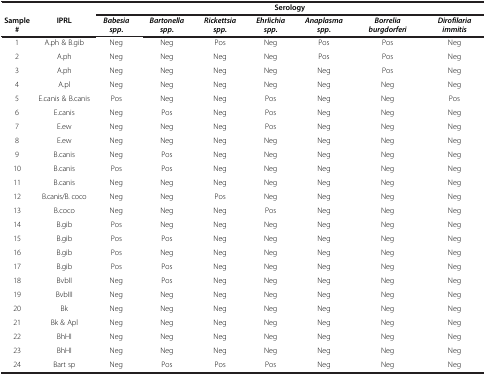
<table><thead><tr><td><b> </b></td><td><b> </b></td><td colspan="7"><b>Serology</b></td></tr><tr><td><b>Sample#</b></td><td><b>IPRL</b></td><td><b><i>Babesia spp</i>.</b></td><td><b><i>Bartonella spp</i>.</b></td><td><b><i>Rickettsia spp.</i></b></td><td><b><i>Ehrlichia spp</i>.</b></td><td><b><i>Anaplasma spp</i>.</b></td><td><b><i>Borrelia burgdorferi</i></b></td><td><b><i>Dirofilaria immitis</i></b></td></tr></thead><tbody><tr><td>1</td><td>A.ph &amp; B.gib</td><td>Neg</td><td>Neg</td><td>Pos</td><td>Neg</td><td>Pos</td><td>Pos</td><td>Neg</td></tr><tr><td>2</td><td>A.ph</td><td>Neg</td><td>Neg</td><td>Neg</td><td>Neg</td><td>Pos</td><td>Pos</td><td>Neg</td></tr><tr><td>3</td><td>A.ph</td><td>Neg</td><td>Neg</td><td>Neg</td><td>Neg</td><td>Neg</td><td>Pos</td><td>Neg</td></tr><tr><td>4</td><td>A.pl</td><td>Neg</td><td>Neg</td><td>Neg</td><td>Neg</td><td>Neg</td><td>Neg</td><td>Neg</td></tr><tr><td>5</td><td>E.canis &amp; B.canis</td><td>Pos</td><td>Neg</td><td>Neg</td><td>Pos</td><td>Neg</td><td>Neg</td><td>Pos</td></tr><tr><td>6</td><td>E.canis</td><td>Neg</td><td>Pos</td><td>Neg</td><td>Pos</td><td>Neg</td><td>Neg</td><td>Neg</td></tr><tr><td>7</td><td>E.ew</td><td>Neg</td><td>Neg</td><td>Neg</td><td>Pos</td><td>Neg</td><td>Neg</td><td>Neg</td></tr><tr><td>8</td><td>E.ew</td><td>Neg</td><td>Neg</td><td>Neg</td><td>Neg</td><td>Neg</td><td>Neg</td><td>Neg</td></tr><tr><td>9</td><td>B.canis</td><td>Neg</td><td>Pos</td><td>Neg</td><td>Neg</td><td>Neg</td><td>Neg</td><td>Neg</td></tr><tr><td>10</td><td>B.canis</td><td>Pos</td><td>Pos</td><td>Neg</td><td>Neg</td><td>Neg</td><td>Neg</td><td>Neg</td></tr><tr><td>11</td><td>B.canis</td><td>Neg</td><td>Neg</td><td>Neg</td><td>Neg</td><td>Neg</td><td>Neg</td><td>Neg</td></tr><tr><td>12</td><td>B.canis/B. coco</td><td>Neg</td><td>Neg</td><td>Pos</td><td>Neg</td><td>Neg</td><td>Neg</td><td>Neg</td></tr><tr><td>13</td><td>B.coco</td><td>Neg</td><td>Neg</td><td>Neg</td><td>Pos</td><td>Neg</td><td>Neg</td><td>Neg</td></tr><tr><td>14</td><td>B.gib</td><td>Pos</td><td>Neg</td><td>Neg</td><td>Neg</td><td>Neg</td><td>Neg</td><td>Neg</td></tr><tr><td>15</td><td>B.gib</td><td>Pos</td><td>Pos</td><td>Neg</td><td>Neg</td><td>Neg</td><td>Neg</td><td>Neg</td></tr><tr><td>16</td><td>B.gib</td><td>Pos</td><td>Neg</td><td>Neg</td><td>Neg</td><td>Neg</td><td>Neg</td><td>Neg</td></tr><tr><td>17</td><td>B.gib</td><td>Pos</td><td>Pos</td><td>Neg</td><td>Neg</td><td>Neg</td><td>Neg</td><td>Neg</td></tr><tr><td>18</td><td>BvbII</td><td>Neg</td><td>Pos</td><td>Neg</td><td>Neg</td><td>Neg</td><td>Neg</td><td>Neg</td></tr><tr><td>19</td><td>BvbIII</td><td>Neg</td><td>Neg</td><td>Neg</td><td>Neg</td><td>Neg</td><td>Neg</td><td>Neg</td></tr><tr><td>20</td><td>Bk</td><td>Neg</td><td>Neg</td><td>Neg</td><td>Neg</td><td>Neg</td><td>Neg</td><td>Neg</td></tr><tr><td>21</td><td>Bk &amp; Apl</td><td>Neg</td><td>Neg</td><td>Neg</td><td>Neg</td><td>Neg</td><td>Neg</td><td>Neg</td></tr><tr><td>22</td><td>BhHI</td><td>Neg</td><td>Neg</td><td>Neg</td><td>Neg</td><td>Neg</td><td>Neg</td><td>Neg</td></tr><tr><td>23</td><td>BhHI</td><td>Neg</td><td>Neg</td><td>Neg</td><td>Neg</td><td>Neg</td><td>Neg</td><td>Neg</td></tr><tr><td>24</td><td>Bart sp</td><td>Neg</td><td>Pos</td><td>Pos</td><td>Pos</td><td>Neg</td><td>Neg</td><td>Neg</td></tr></tbody></table>